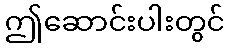
ဤဆောင်းပါးတွင်